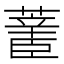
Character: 𰲄